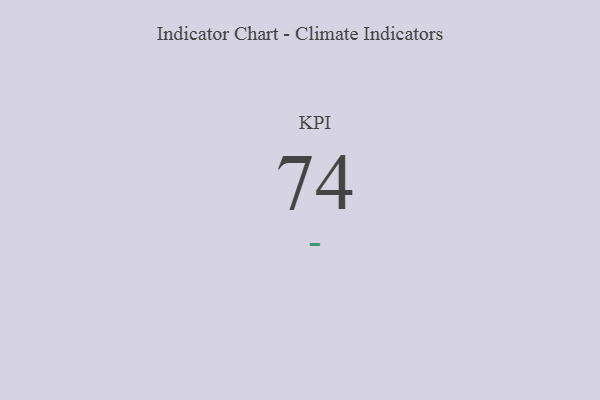
{"axis": {"x": "KPI", "y": "Value"}, "legend": [""], "data": [{"x": "KPI", "y": 74, "type": ""}]}